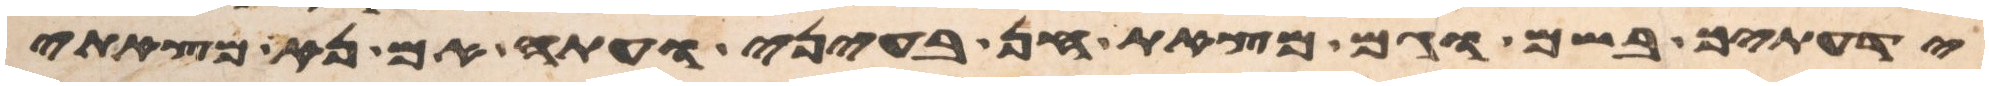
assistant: ידעתיך בשם וגם מצאת חן בעיני ועתה אם נא מצאתי